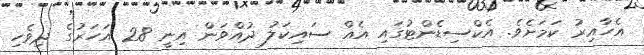
އެހާއިރު ކަމަށެވެ. އެކްސިޑެންޓުގައި އެއް ސައިކަލު ދުއްވަން އިނީ 28 އަހަރުގެ ދިވެހި